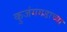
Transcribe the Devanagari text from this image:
कुजंगगडाच्या